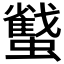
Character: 𧓷